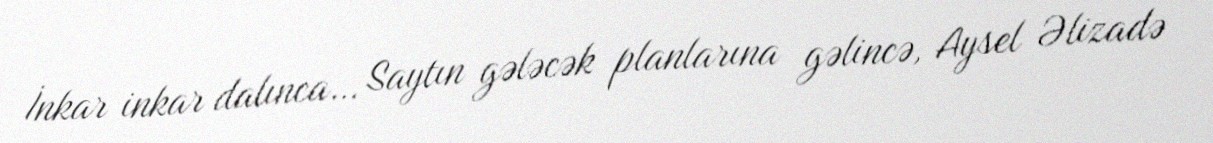
İnkar inkar dalınca… Saytın gələcək planlarına gəlincə, Aysel Əlizadə